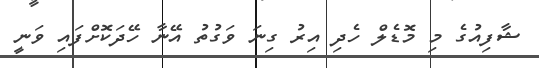
ޝާފިއުގެ މި މޮޑެލް ހެދި އިރު ގިނަ ވަގުތު އޭނާ ހޭދަކޮށްފައި ވަނީ